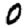
Digit: 0